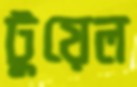
টুয়েল